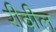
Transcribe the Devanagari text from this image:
रीवील